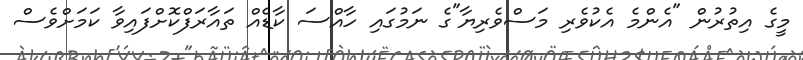
މީގެ އިތުރުން "އެންމެ އެކުވެރި މަސްވެރިޔާ"ގެ ނަމުގައި ހާއްސަ ކާޑެއް ތައާރަފްކޮށްފައިވާ ކަމަށްވެސް